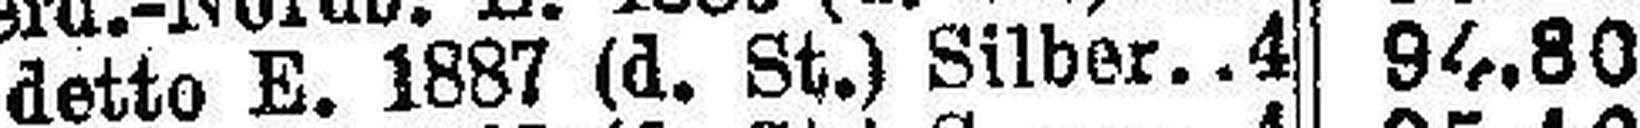
detto E. 1887 (d. St.) Silber.4